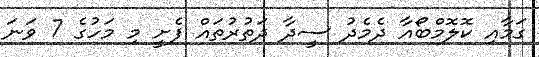
ގަމާއި ކޮލޮމްބޯއާ ދެމެދު ސީދާ ދަތުރުތައް ފެށީ މި މަހުގެ 7 ވަނަ